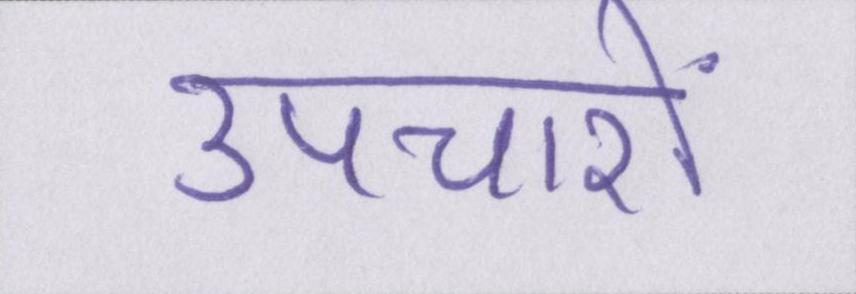
उपचारों